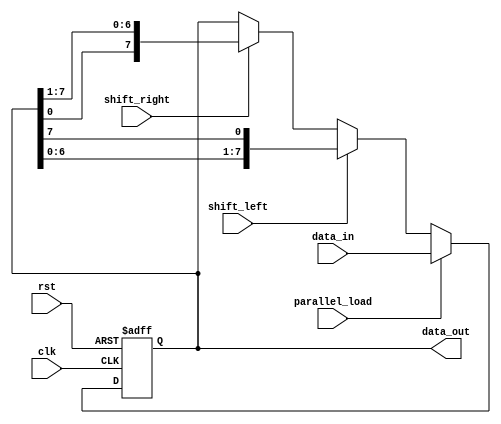
module UniversalShiftRegister (
    input wire clk,        // Clock input
	input wire rst,        // Reset input
	input wire shift_left, // Shift left control signal
    input wire shift_right,// Shift right control signal
    input wire parallel_load,// Parallel load control signal
    input wire [7:0] data_in,// Input data
    output reg [7:0] data_out // Output data
);

reg [7:0] shift_reg; // Internal shift register data

always @ (posedge clk or posedge rst) begin
    if (rst) begin
        shift_reg <= 8'b0; // Reset shift register
    end else begin
        if (parallel_load) begin
            shift_reg <= data_in; // Load data in parallel
        end else begin
            if (shift_left) begin
                shift_reg <= {shift_reg[6:0], shift_reg[7]}; // Shift left
            end else if (shift_right) begin
                shift_reg <= {shift_reg[0], shift_reg[7:1]}; // Shift right
            end
        end
    end
end

assign data_out = shift_reg; // Output shifted data

endmodule